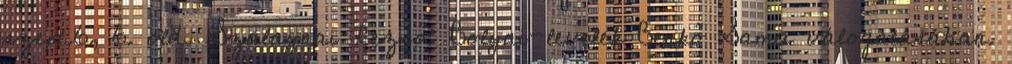
szept.6, 6. old. Szalaynai Rezső: Bolyai-levelek Benkő Samu válogatásában.